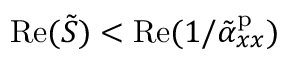
\mathrm { R e } ( \tilde { S } ) < \mathrm { R e } ( 1 / \tilde { \alpha } _ { x x } ^ { \mathrm { p } } )